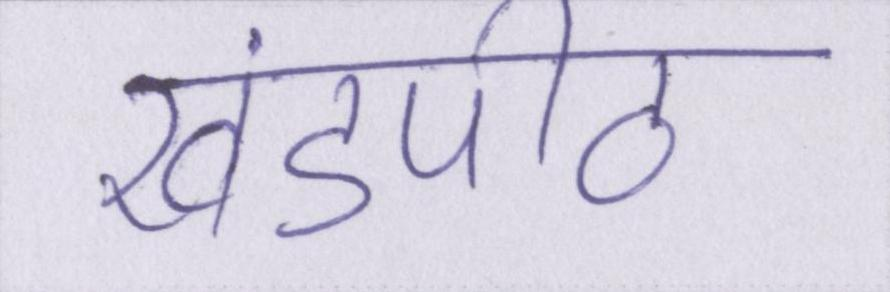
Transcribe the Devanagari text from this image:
खंडपीठ